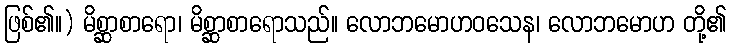
ဖြစ်၏။) မိစ္ဆာစာရော၊ မိစ္ဆာစာရောသည်။ လောဘမောဟဝသေန၊ လောဘမောဟ တို့၏